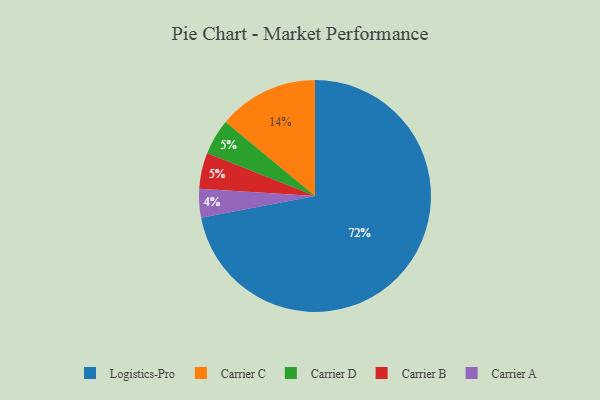
{"axis": {"x": "Category", "y": "Percentage"}, "legend": ["Carrier A", "Carrier B", "Carrier C", "Carrier D", "Logistics-Pro"], "data": [{"x": "Carrier D", "y": 5, "type": "Carrier D"}, {"x": "Carrier A", "y": 4, "type": "Carrier A"}, {"x": "Carrier C", "y": 14, "type": "Carrier C"}, {"x": "Carrier B", "y": 5, "type": "Carrier B"}, {"x": "Logistics-Pro", "y": 72, "type": "Logistics-Pro"}]}